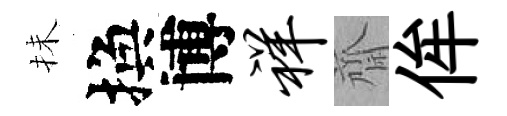
抺換博祥齋侔